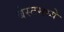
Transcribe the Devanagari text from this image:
बेस्टमध्ये